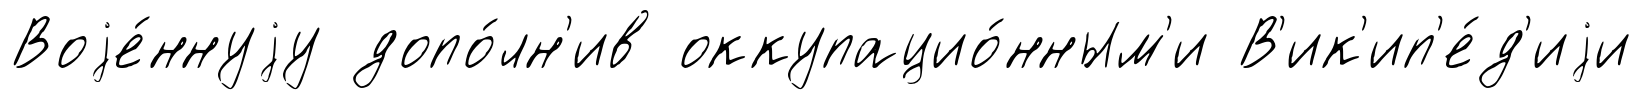
Воjе́ннуjу допо́лн'ив оккупацио́нным'и В'ик'ип'е́д'иjи